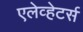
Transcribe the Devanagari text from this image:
एलेव्हेटर्स